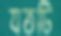
যতটি